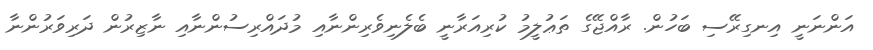
އަންނަނީ އިނގިރޭސި ބަހުން. ރާއްޖޭގެ ތަޢުލީމު ކުރިއަރާނީ ބެލެނިވެރިންނާއި މުދައްރިސުންނާއި ނާޒިރުން ދަރިވަރުންނާ